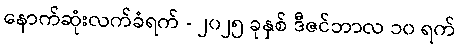
နောက်ဆုံးလက်ခံရက် - ၂၀၂၅ ခုနှစ် ဒီဇင်ဘာလ ၁၀ ရက်